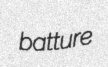
batture